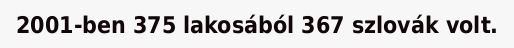
2001-ben 375 lakosából 367 szlovák volt.